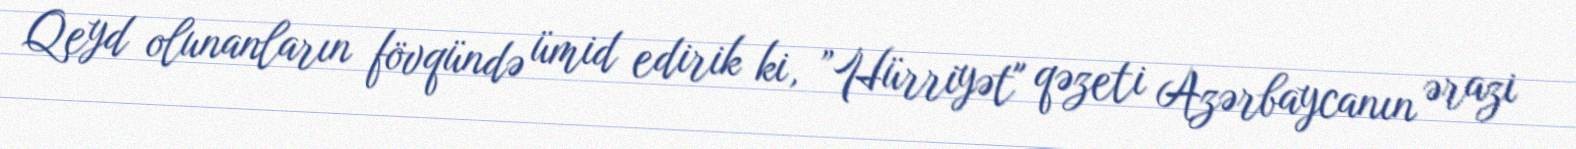
Qeyd olunanların fövqündə ümid edirik ki, ”Hürriyət" qəzeti Azərbaycanın ərazi